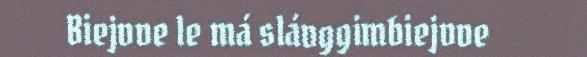
Biejvve le má slávggimbiejvve